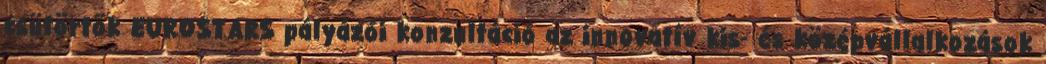
csütörtök EUROSTARS pályázói konzultáció az innovatív kis- és középvállalkozások